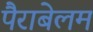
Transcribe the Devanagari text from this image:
पैराबेलम